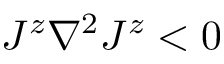
J ^ { z } \nabla ^ { 2 } J ^ { z } < 0